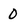
Character: 0